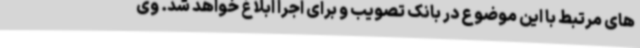
های مرتبط با این موضوع در بانک تصویب و برای اجرا ابلاغ خواهد شد. وی